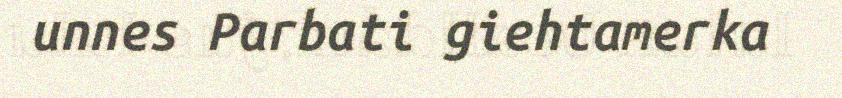
unnes Parbati giehtamerka